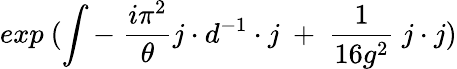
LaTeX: exp~(\int-~{\frac{i\pi^{2}}{\theta}}j\cdot d^{-1}\cdot j{}~+~{\frac{1}{16g^{2}}}~j\cdot j)